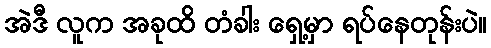
အဲဒီ လူက အခုထိ တံခါး ရှေ့မှာ ရပ်နေတုန်းပဲ။